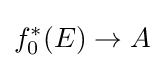
f_{0}^{*}(E)\to A